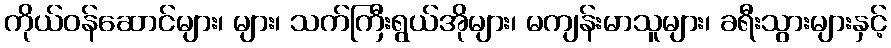
ကိုယ်ဝန်ဆောင်များ၊ များ၊ သက်ကြီးရွယ်အိုများ၊ မကျန်းမာသူများ၊ ခရီးသွားများနှင့်